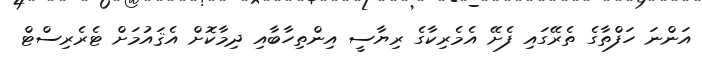
އަންނަ ހަފްތާގެ ތެރޭގައި ފެށޭ އެމެރިކާގެ ރިޔާސީ އިންތިހާބާއި ދިމާކޮށް އެޤައުމަށް ޓެރެރިސްޓް